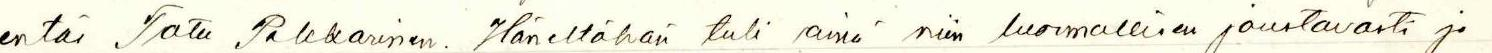
entäs Tatu Pekkarinen. Häneltähän tuli ainä niin luonnollisen joustavasti ja